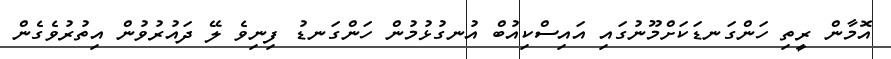
އޮމާން ރީތި ހަންގަނޑަކަށްމޫނުގައި އައިސްކިއުބް އުނގުޅުމުން ހަންގަނޑު ފިނިވެ ލޭ ދައުރުވުން އިތުރުވެގެން